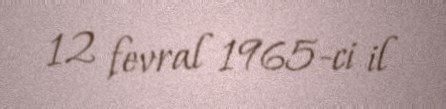
12 fevral 1965-ci il